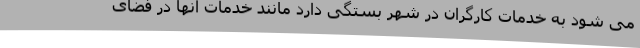
می شود به خدمات کارگران در شهر بستگی دارد مانند خدمات آنها در فضای